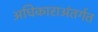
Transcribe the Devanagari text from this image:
अधिकाराअंतर्गत